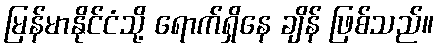
မြန်မာနိုင်ငံသို့ ရောက်ရှိနေ ချိန် ဖြစ်သည်။